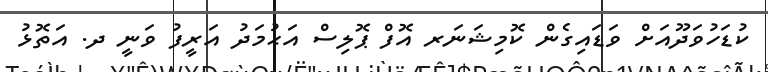
ކުޑަހުވަދޫއަށް ވަޑައިގެން ކޮމިޝަނަރ އޮފް ޕޮލިސް އަޙުމަދު އަރީފު ވަނީ ދ. އަތޮޅު